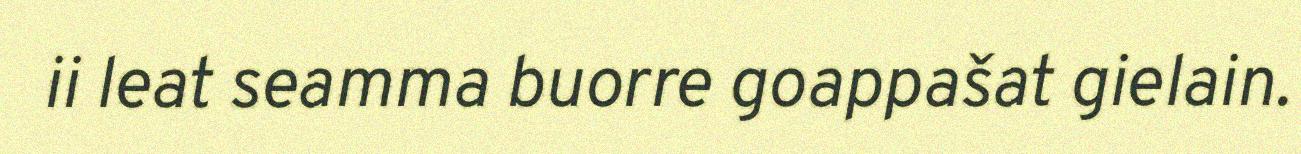
ii leat seamma buorre goappašat gielain.